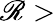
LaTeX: \mathscr{R}>